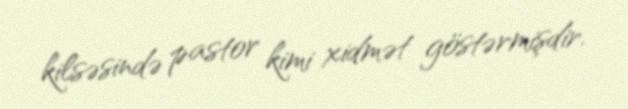
kilsəsində pastor kimi xidmət göstərmişdir.